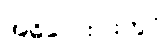
အဓိလေးပါးတွင်